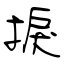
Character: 捩